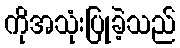
ကိုအသုံးပြုခဲ့သည်